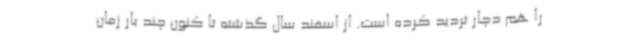
را هم دچار تردید کرده است. از اسفند سال گذشته تا کنون چند بار زمان